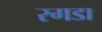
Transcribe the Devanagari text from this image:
रगडा